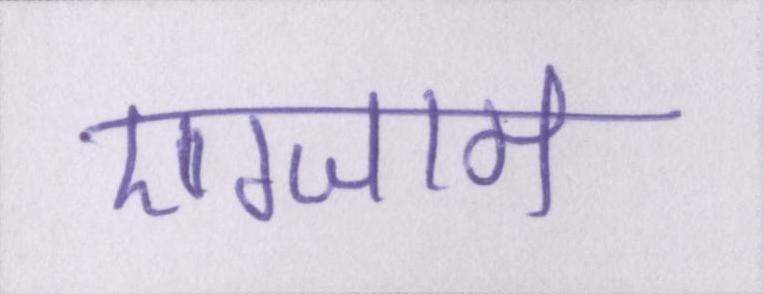
एग्जाम